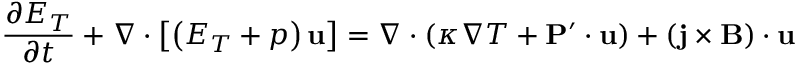
\frac { { \partial { E _ { T } } } } { { \partial t } } + \nabla \cdot \left[ { \left( { { E _ { T } } + p } \right) { \bf { u } } } \right] = \nabla \cdot \left( { \kappa \nabla T + { \bf { P } } ^ { \prime } \cdot { \bf { u } } } \right) + \left( { { \bf { j } } \times { \bf { B } } } \right) \cdot { \bf { u } }